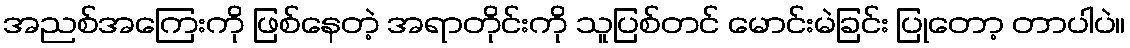
အညစ်အကြေးကို ဖြစ်နေတဲ့ အရာတိုင်းကို သူပြစ်တင် မောင်းမဲခြင်း ပြုတော့ တာပါပဲ။